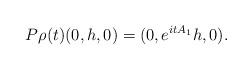
LaTeX: \begin{align*}P \rho(t) (0,h,0) = (0, e^{i t A_1} h, 0).\end{align*}